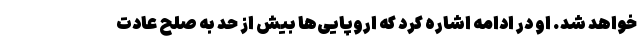
خواهد شد. او در ادامه اشاره کرد که اروپایی‌ها بیش از حد به صلح عادت